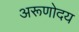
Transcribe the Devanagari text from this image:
अरूणोदय